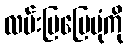
လမ်းပြမြေပုံကို